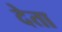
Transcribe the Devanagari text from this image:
देेता